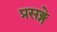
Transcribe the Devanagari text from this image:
प्रसङ्गे